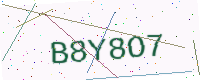
Text: B8Y8O7